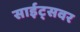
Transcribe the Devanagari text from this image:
साईट्सवर